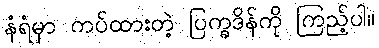
နံရံမှာ ကပ်ထားတဲ့ ပြက္ခဒိန်ကို ကြည့်ပါ။